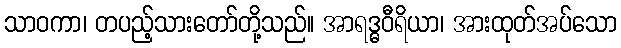
သာဝကာ၊ တပည့်သားတော်တို့သည်။ အာရဒ္ဓဝီရိယာ၊ အားထုတ်အပ်သော